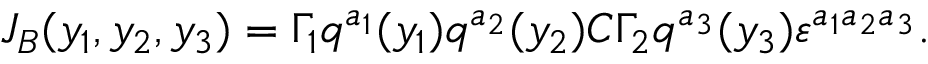
J _ { B } ( y _ { 1 } , y _ { 2 } , y _ { 3 } ) = \Gamma _ { 1 } q ^ { a _ { 1 } } ( y _ { 1 } ) q ^ { a _ { 2 } } ( y _ { 2 } ) C \Gamma _ { 2 } q ^ { a _ { 3 } } ( y _ { 3 } ) \varepsilon ^ { a _ { 1 } a _ { 2 } a _ { 3 } } .